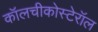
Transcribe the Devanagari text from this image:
कॉलचीकोस्टेरॉल